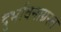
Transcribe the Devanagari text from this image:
दुर्भावनाग्रस्त